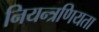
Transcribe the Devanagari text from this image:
नियन्त्रणियता